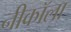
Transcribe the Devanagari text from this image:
नीकॉला